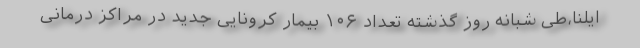
ایلنا،طی شبانه روز گذشته تعداد ۱۰۶ بیمار کرونایی جدید در مراکز درمانی